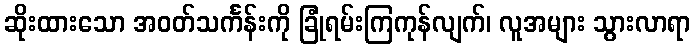
ဆိုးထားသော အဝတ်သင်္ကန်းကို ခြုံရမ်းကြကုန်လျက်၊ လူအများ သွားလာရာ